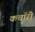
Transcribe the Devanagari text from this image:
कचॉरी